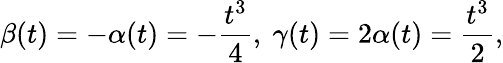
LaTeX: \beta(t)=-\alpha(t)=-\frac{t^{3}}{4},\ \gamma(t)=2\alpha(t)=\frac{t^{3}}{2},